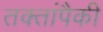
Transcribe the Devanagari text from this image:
तक्तांपैकी